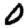
Digit: 0